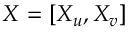
X = [ X _ { u } , X _ { v } ]